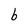
Character: b